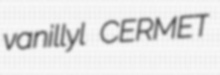
vanillyl CERMET